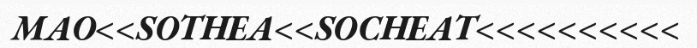
MAO<<SOTHEA<<SOCHEAT<<<<<<<<<<